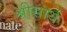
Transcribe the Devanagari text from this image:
श्रीसार्थ